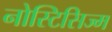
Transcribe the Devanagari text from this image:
नोस्टिसिज्म